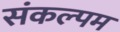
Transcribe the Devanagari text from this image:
संकल्पम